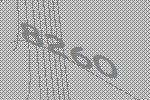
8260